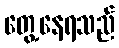
တွေ့နေရသည်